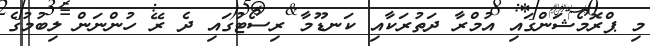
މި ޕްރޮމޯޝަންގައި އުމްރާ ދަތުރަކާއި ކަނޑޫމާ ރިސޯޓުގައި ދެ ރޭ ހުންނަން ލިބުމުގެ